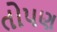
તોપણ